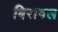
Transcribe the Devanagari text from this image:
बिरावल